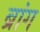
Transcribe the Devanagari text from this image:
ब्रांग